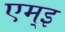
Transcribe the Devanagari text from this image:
एम्इ